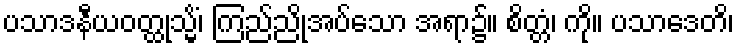
ပသာဒနီယဝတ္ထုသ္မိံ၊ ကြည်ညိုအပ်သော အရာ၌။ စိတ္တံ၊ ကို။ ပသာဒေတိ၊